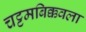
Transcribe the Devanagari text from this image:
चट्टमबिक्कवला